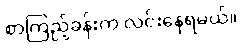
စာကြည့်ခန်းက လင်းနေရမယ်။